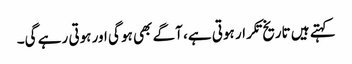
کہتے ہیں تاریخ تکرار ہوتی ہے، آگے بھی ہو گی اور ہوتی رہے گی۔